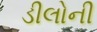
ડીલોની